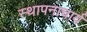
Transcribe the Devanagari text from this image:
स्थापनाचार्य